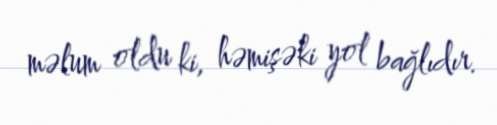
məlum oldu ki, həmişəki yol bağlıdır.